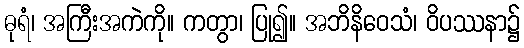
ဓုရံ၊ အကြီးအကဲကို။ ကတွာ၊ ပြု၍။ အဘိနိဝေသံ၊ ဝိပဿနာ၌